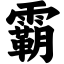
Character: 霸